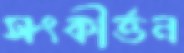
সংকীর্ত্তন